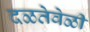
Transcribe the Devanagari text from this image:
दळतेवेळी